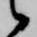
候